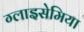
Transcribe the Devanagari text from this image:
ग्लाइसेमिया